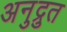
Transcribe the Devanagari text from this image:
अनुद्रुत